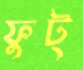
ফুট্